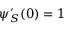
\psi _ { S } ^ { \prime } ( 0 ) = 1